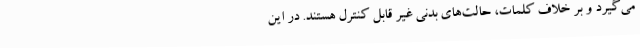
می‌گیرد و بر خلاف کلمات، حالت‌های بدنی غیر قابل کنترل هستند. در این